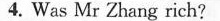
4. Was Mr Zhang rich?